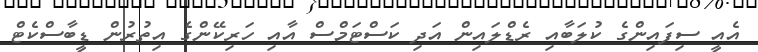
އެއީ ސިފައިންގެ ކުލަބާއި ރެޑްލައިން އަދި ކަސްޓަމްސް އާއި ހަރިކޭންގެ އިތުރުން ޑީބާސްކެޓް